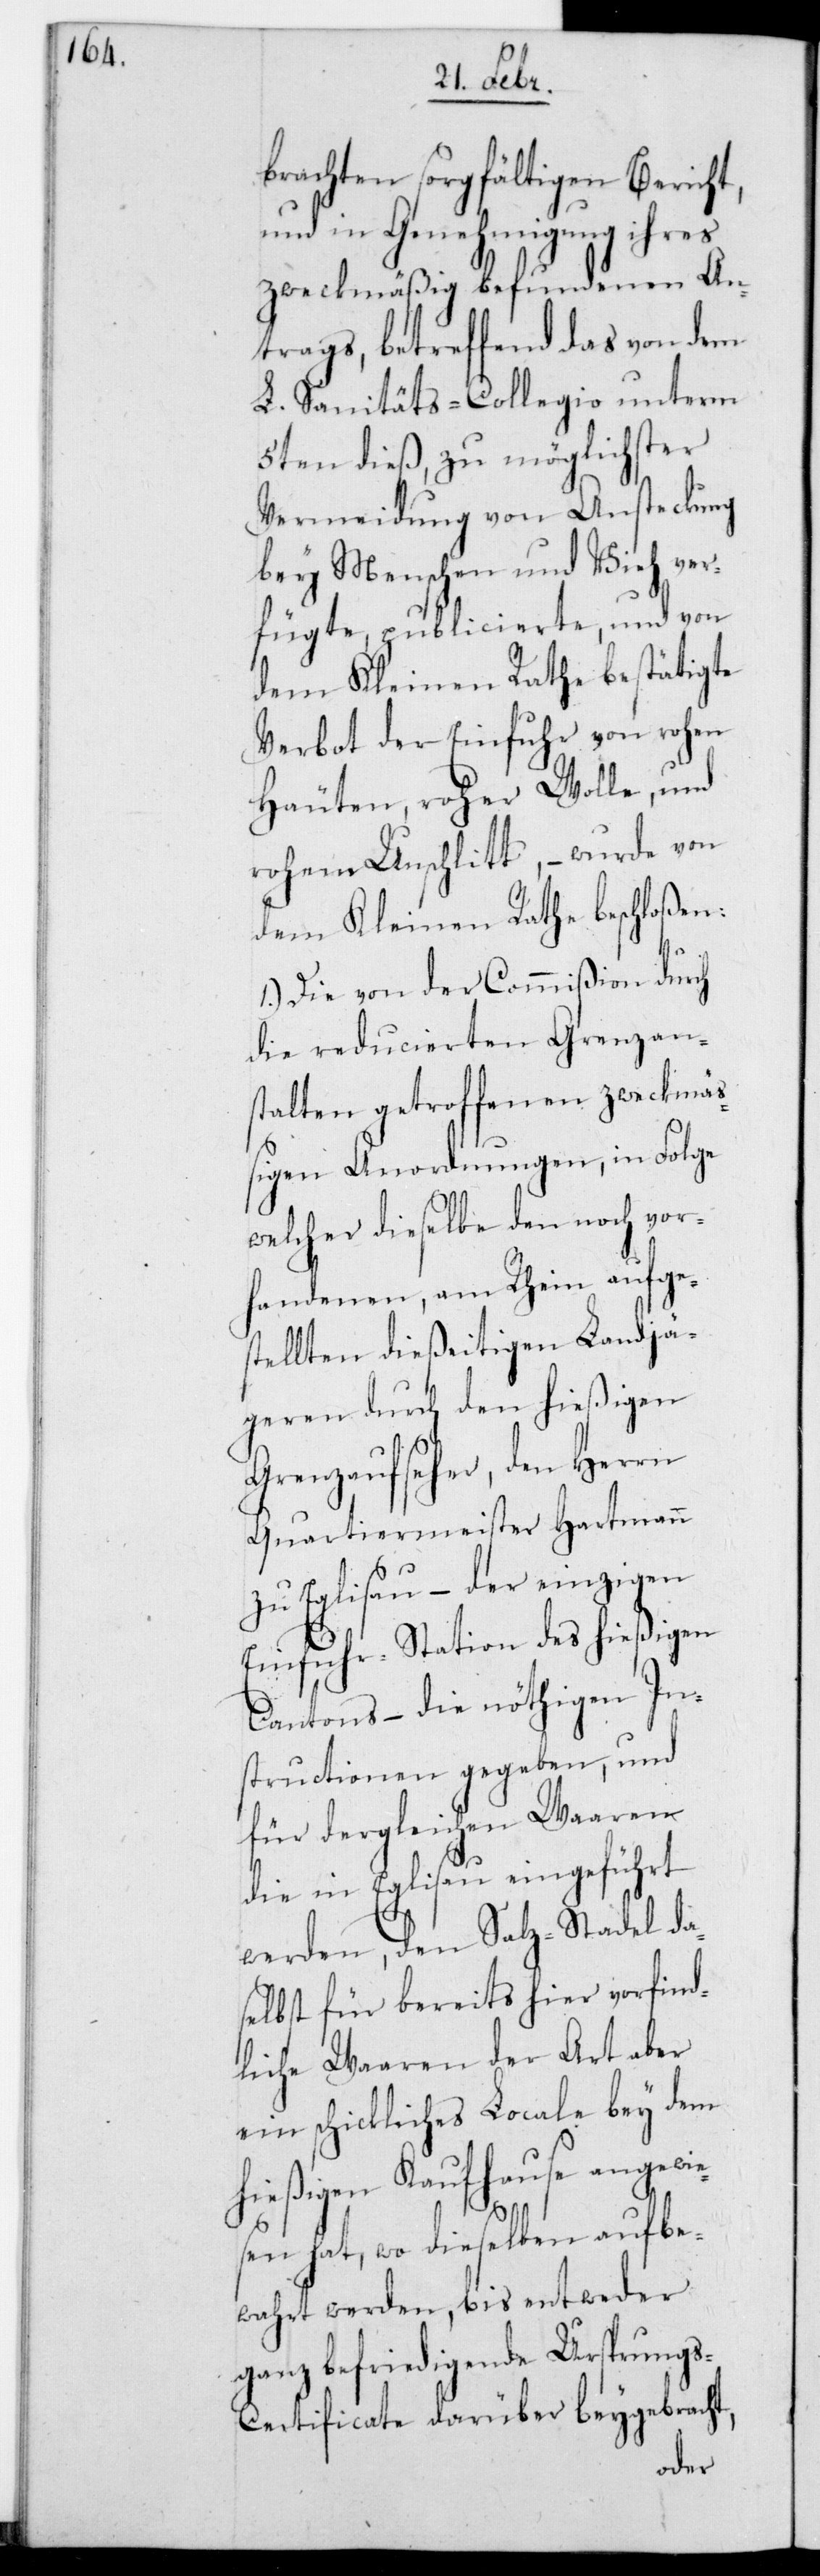
brachten sorgfältigem Bericht,
und in Genehmigung ihres
zweckmäßig befundenen An¬
trags, betreffend das von dem
L. Sanitäts-Collegio unterm
5ten dieß, zu möglichster
Vermeidung von Ansteckung
bey Menschen und Vieh ver¬
fügte, publicierte, und von
dem Kleinen Rathe bestätigte
Verbot der Einfuhr von rohen
Häuten, roher Wolle und
rohem Unschlitt, – wurde von
dem Kleinen Rathe beschloßen:
1.) Die von der Commißion durch
die reducierten Grenzan¬
stalten getroffenen zweckmä¬
ßigen Anordnungen, in Folge
welcher dieselbe den noch vor¬
handenen, am Rhein aufge¬
stellten dießeitigen Landjä¬
geren durch den hießigen
Grenzaufseher, den Herrn
Quartiermeister Hartmann
zu Eglisau, – der einzigen
Einfuhrstation des hießigen
Cantons, – die nöthigen In¬
structionen gegeben, und
für dergleichen Waren
die in Eglisau eingeführt
werden, den Salz-Stadel da¬
selbst für bereits hier vorfind¬
liche Waren der Art aber
ein schickliches Locale bey dem
hießigen Kaufhause angewie¬
sen hat, wo dieselben aufbe¬
wahrt werden, bis entweder
ganz befriedigende Ursprung¬
s-Certificate darüber beygebracht,